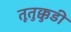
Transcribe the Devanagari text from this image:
तूतुक्कुडी